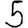
Digit: 5